Report on lock hospitals in British Burma
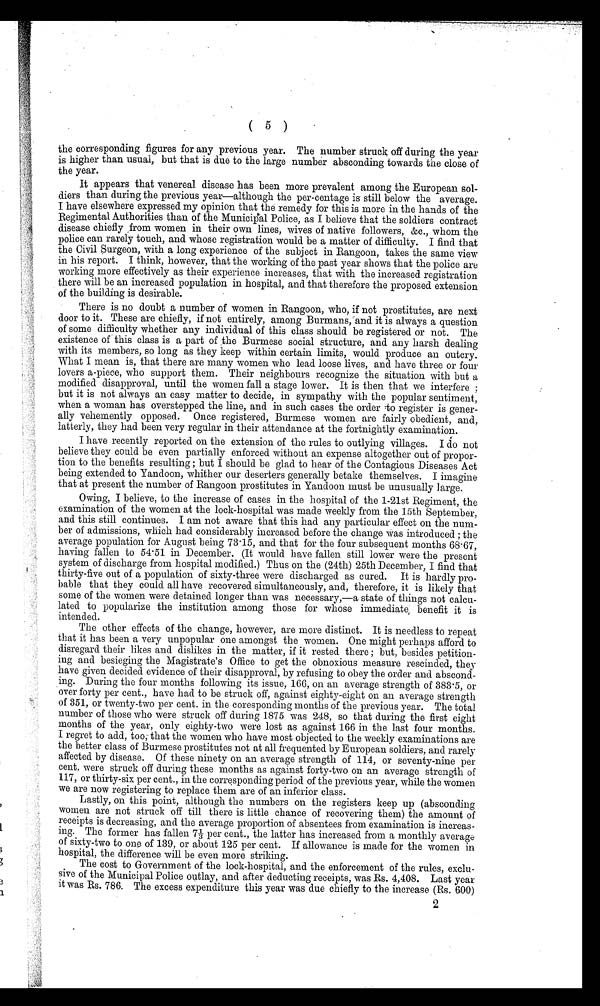
( 5 )
the corresponding figures for any previous year. The number struck off during the year
is higher than usual, but that is due to the large number absconding towards the close of
the year.
It appears that venereal disease has been more prevalent among the European sol-
diers than during the previous year—although the per-centage is . still below the average.
I have elsewhere expressed my opinion that the remedy for this is more in the hands of the
Regimental Authorities than of the Municipal Police, as I believe that the soldiers contract
disease chiefly ,from women in their own lines, wives of native followers, &c., whom the
police can rarely touch, and whose registration would be a matter of difficulty. I find that
the Civil Surgeon, with a long experience of the subject in Rangoon, takes the same view
in his report. I think, however, that the working of the past year shows that the police are
working more effectively as their experience increases, that with the increased registration
there will be an increased population in hospital, and that therefore the proposed extension
of the building is desirable.
There is no doubt a number of women in Rangoon, who, if not prostitutes, are next
door to it. These are chiefly, if not entirely, among Burmans,"and it is always a question
of some difficulty whether any individual of this class should be registered or not. The
existence of this class is a part of ,the Burmese social structure, and any harsh dealing
with its members, so long as they keep within certain limits, would produce an outcry.
What I mean is, that there are many women who lead loose lives, and have three or four
lovers a-piece, who support them. Their neighbours recognize the situation -with but a
modified disapproval, until the women fall a stage lower. It is then that we interfere
but it is not always an easy matter to decide, in sympathy with the popular sentiment,
when a woman has overstepped the line, and in such cases the order ,to register is gener-
ally vehemently opposed. Once registered, Burmese women are fairly obedient, and,
latterly, they had been very regular in their attendance at the fortnightly examination.
I have recently reported on the extension of the rules to outlying villages. I do not
believe they could be even partially enforced without an expense altogether out of propor-
tion to the benefits resulting ; but I should be glad to hear of the Contagious Diseases Act
being extended to Yandoon, whither our deserters generally betake themselves. I imagine
that at present the number of Rangoon prostitutes in Yandoon must be unusually large.
Owing, I believe, to the increase of cases in the hospital of the 1-21st Regiment, the
examination of the women at the lock-hospital was made weekly from the 15th September,
and this still continues. I am not aware that this had any particular effect on the num-
ber of admissions, which had considerably increased before the change Was introduced ; the
average population for August being 73 . 15, and that for the four subsequent months 68.67,
having fallen to 54 . 51 in December. (It would have fallen still lower were the present
system of discharge from hospital modified.) Thus on the (24th) 25th December, I find that
thirty-five out of a population of sixty-three were discharged as cured. It is hardly pro-
bable that they could all have recovered simultaneously, and, therefore, it is likely that
some of the women were detained longer than was necessary,—a state of things not calcu-
lated to popularize the institution among those for whose immediate,. benefit it is
intended.
The other effects of the change, however, are more distinct. It is needless to repeat
that it has been a very unpopular one amongst the women. One might perhaps afford to
disregard their likes and dislikes in the matter, if it rested there ; but, besides petition-
ing and besieging the Magistrate's Office to get the obnoxious measure rescinded, they
have given decided evidence of their disapproval, by refusing to obey the order and abscond-
ing. During the four months following its issue, 166, on an average strength of 383 . 5, or
over forty per cent., have had to be struck off, against eighty-eight on an average strength
of 351, or twenty-two per cent. in the coresponding months of the previous year. The total
number of those who were struck off during 1875 was 248, so that during the first eight
months of the year, only eighty-two were lost as against 166 in the last four months.
I regret to add, too;- that the women who have most objected to the weekly examinations are
the better class of Burmese prostitutes not at all frequented by European soldiers, and rarely
affected by disease. Of these ninety on an average strength of 114, or seventy-nine per
cent. were struck off during these months as against forty-two on an average strength of
117, or thirty-six per cent., in the corresponding period of the previous year, while the women
we are now registering to replace them are of an inferior class.
Lastly, on this point, although the numbers on the registers keep up (absconding
women are not struck off till there is little chance of recovering them) the amount of
receipts is decreasing, and the average proportion of absentees from examination is increas-
i ng. The former has fal l en 71/3 per cent. , the l atter has i ncreased a monthl y average
of sixty-two to one of 139, or about 125 per cent. If allowance is made for the women in
hospital, the difference will be £ more striking.
The cost to Government of the lock-hospital, and the enforcement of the rules, exclu-
sive of the Municipal Police outlay, and after deducting receipts, was Rs. 4,408. Last year
it was Rs. 786. The excess expenditure this year was due chiefly to the increase (Rs. 600)
2